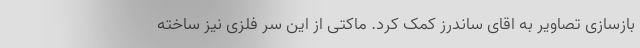
بازسازی تصاویر به اقای ساندرز کمک کرد. ماکتی از این سر فلزی نیز ساخته